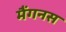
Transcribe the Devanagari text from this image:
मैंगनस